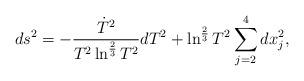
LaTeX: \begin{align*}ds^2= -\frac{\dot{T}^2}{T^2\ln^{\frac{2}{3}}T^2}dT^2+\ln^{\frac{2}{3}}T^2\sum_{j=2}^4 dx_j^2 ,\end{align*}